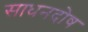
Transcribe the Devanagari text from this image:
साधनदोष